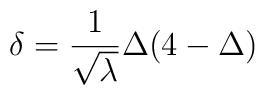
\delta =\frac{1}{\sqrt{\lambda }}\Delta (4-\Delta )